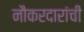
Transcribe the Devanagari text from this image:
नौकरदारांची